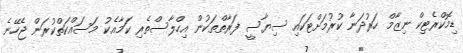
ޑިމޮކްރެޓިކް ނިޒާމް ހަރުދަނާ ކުރުމަށްޓަކައި ސިޔާސީ ފަރާތްތަކުން އިހްލާސްތެރި ކަމާއެކު މަސައްކަތްކުރަން ޖެހޭނެ